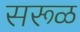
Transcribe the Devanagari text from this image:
सरूळ